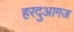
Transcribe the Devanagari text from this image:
हरदुआगज